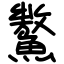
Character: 𩼡